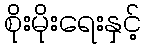
စိုးမိုးရေးနှင့်